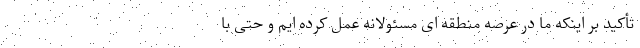
تأکید بر اینکه ما در عرصه منطقه ای مسئولانه عمل کرده ایم و حتی با